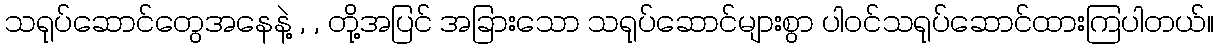
သရုပ်ဆောင်တွေအနေနဲ့ , , တို့အပြင် အခြားသော သရုပ်ဆောင်များစွာ ပါဝင်သရုပ်ဆောင်ထားကြပါတယ်။